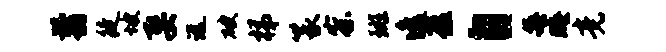
翦徒坡娶远破梯篆察斑逸蕴自每晦竟